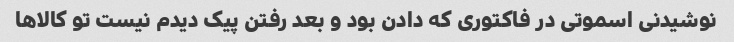
نوشیدنی اسموتی در فاکتوری که دادن بود و بعد رفتن پیک دیدم نیست تو کالاها